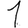
Digit: 1